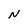
Character: N